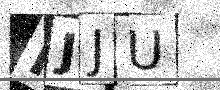
Text: FJJU